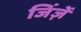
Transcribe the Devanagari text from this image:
जिंज़ें